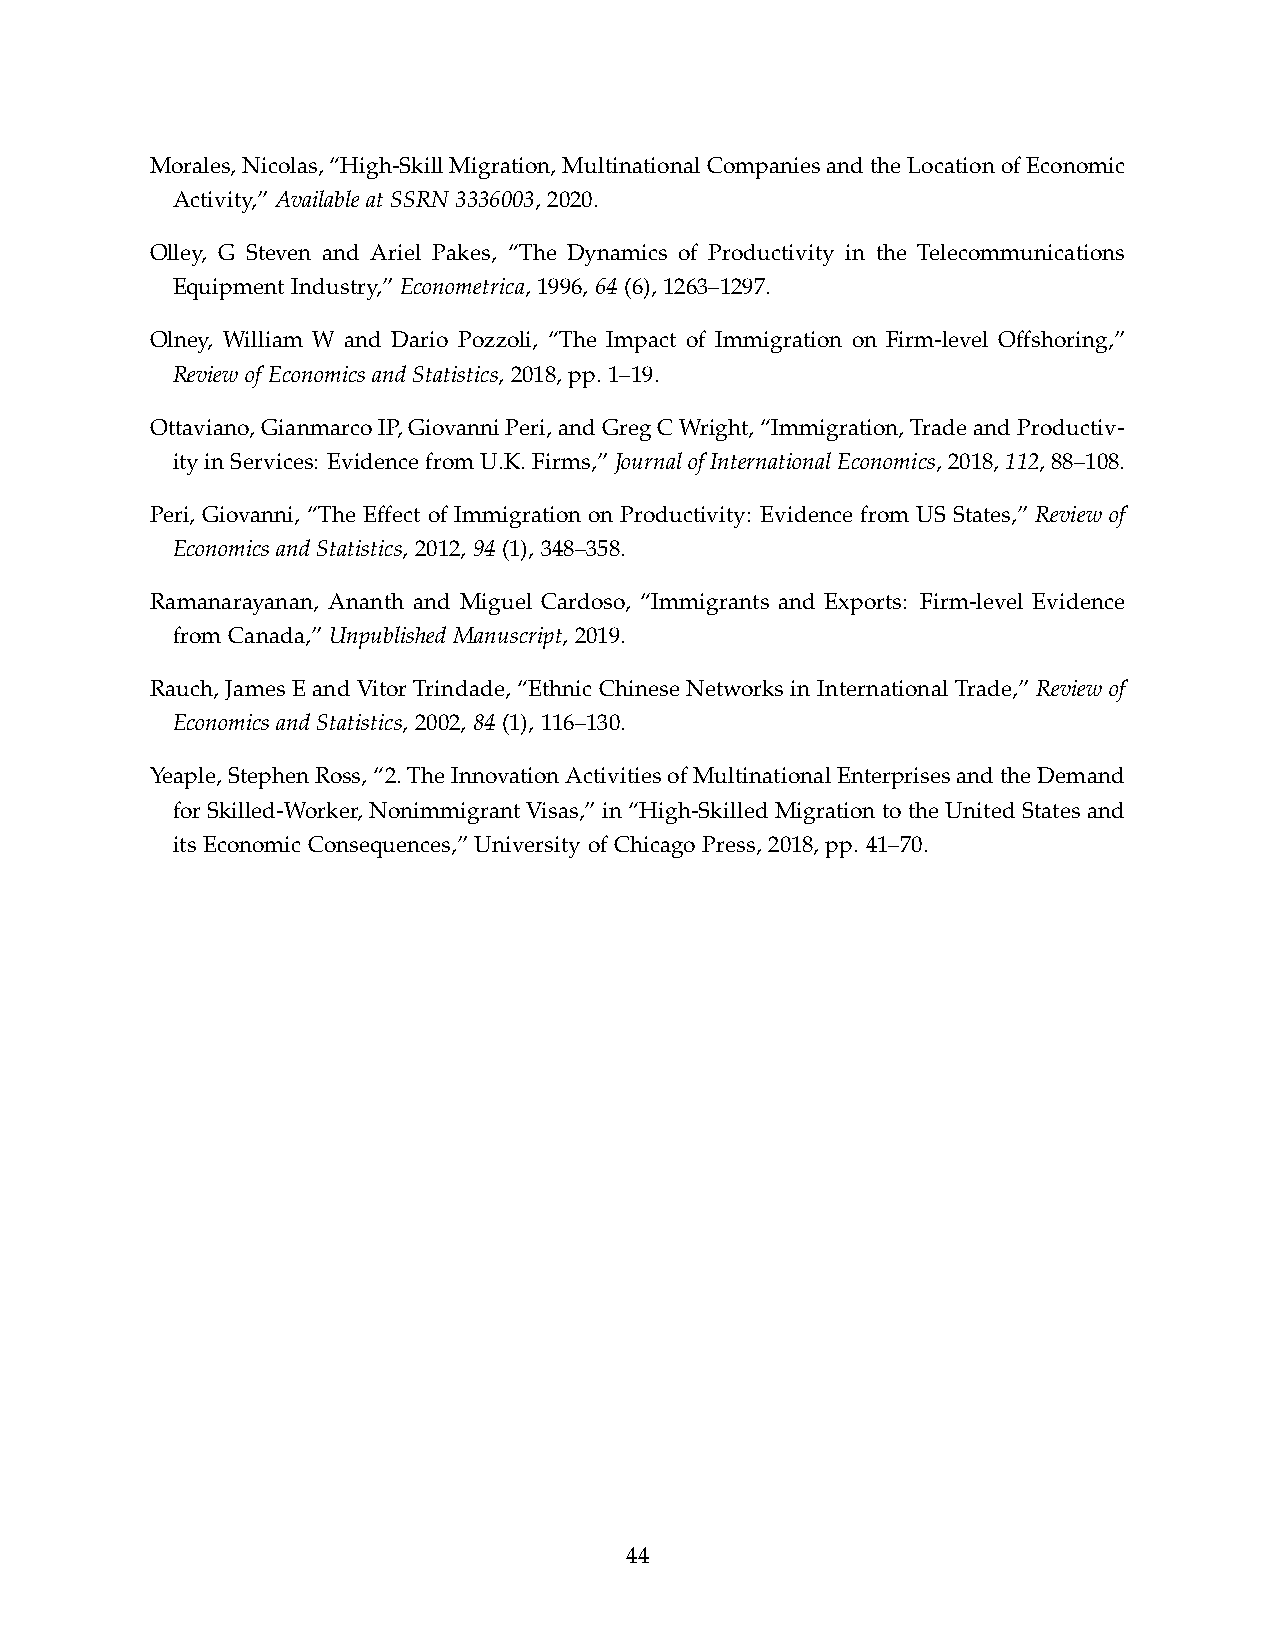
Morales,Nicolas,“High-SkillMigration,MultinationalCompaniesandtheLocationofEconomic
 Activity,” Available at SSRN 3336003, 2020.
 Olley, G Steven and Ariel Pakes, “The Dynamics of Productivity in the Telecommunications
 Equipment Industry,” Econometrica, 1996, 64 (6), 1263–1297.
 Olney, William W and Dario Pozzoli, “The Impact of Immigration on Firm-level Offshoring,”
 Review of Economics and Statistics, 2018, pp. 1–19.
 Ottaviano,GianmarcoIP,GiovanniPeri,andGregCWright,“Immigration,TradeandProductiv-
 ityinServices: EvidencefromU.K.Firms,”JournalofInternationalEconomics,2018,112,88–108.
 Peri, Giovanni, “The Effect of Immigration on Productivity: Evidence from US States,” Review of
 Economics and Statistics, 2012, 94 (1), 348–358.
 Ramanarayanan, Ananth and Miguel Cardoso, “Immigrants and Exports: Firm-level Evidence
 from Canada,” Unpublished Manuscript, 2019.
 Rauch, James E and Vitor Trindade, “Ethnic Chinese Networks in International Trade,” Reviewof
 Economics and Statistics, 2002, 84 (1), 116–130.
 Yeaple,StephenRoss,“2.TheInnovationActivitiesofMultinationalEnterprisesandtheDemand
 for Skilled-Worker, Nonimmigrant Visas,” in“High-Skilled Migration to the UnitedStates and
 its Economic Consequences,” University of Chicago Press, 2018, pp. 41–70.
 44